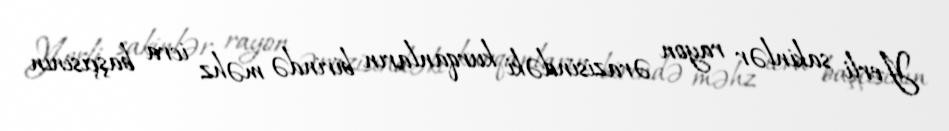
Yerli sakinlər rayon ərazisindəki kurqanların birində məhz icra başçısının